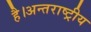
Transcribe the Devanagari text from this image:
है।अन्तराष्ट्रीय